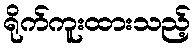
ရိုက်ကူးထားသည့်